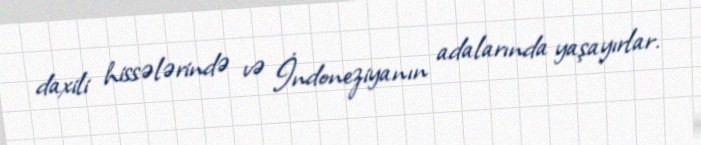
daxili hissələrində və İndoneziyanın adalarında yaşayırlar.